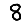
Digit: 8